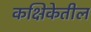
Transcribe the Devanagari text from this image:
कक्षिकेतील